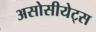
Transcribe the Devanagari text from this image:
असोसीयेट्स